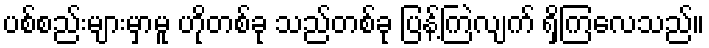
ပစ်စည်းများမှာမူ ဟိုတစ်ခု သည်တစ်ခု ပြန့်ကြဲလျက် ရှိကြလေသည်။